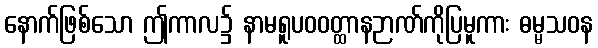
နောက်ဖြစ်သော ဤကာလ၌ နာမရူပဝဝတ္ထာနဉာဏ်ကိုပြမူကား ဓမ္မသဝန